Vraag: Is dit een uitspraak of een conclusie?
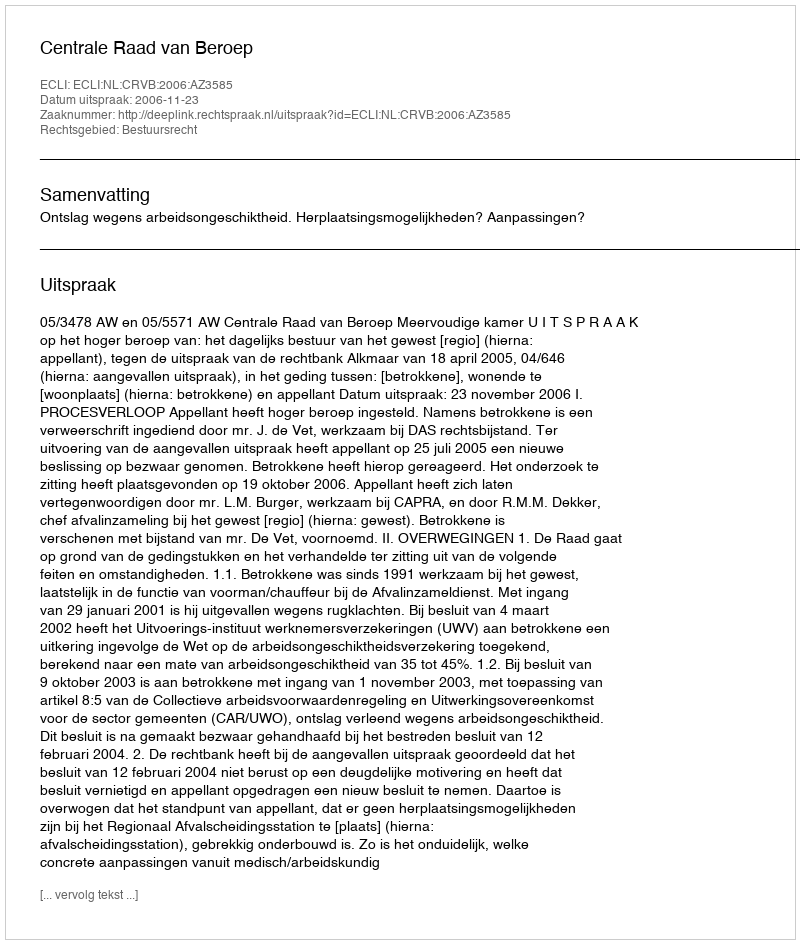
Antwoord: Uitspraak